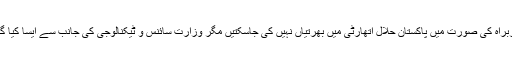
ذرائع کا مزید بتانا تھا کہ قائم مقام سربراہ کی صورت میں پاکستان حلال اتھارٹی میں بھرتیاں نہیں کی جاسکتیں مگر وزارت سائنس و ٹیکنالوجی کی جانب سے ایسا کیا گیا جو کہ قوانین کی خلاف ورزی ہے۔